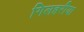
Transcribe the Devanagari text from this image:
गिलहरीया